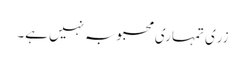
زری تمہاری محبوبہ نہیں ہے۔